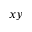
x y